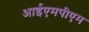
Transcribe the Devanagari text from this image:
आईएमपीएम